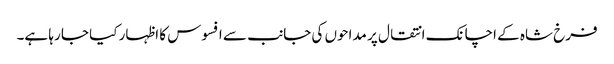
فرخ شاہ کے اچانک انتقال پر مداحوں کی جانب سے افسوس کا اظہار کیا جا رہا ہے۔